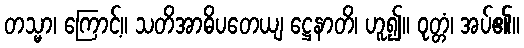
တသ္မာ၊ ကြောင့်။ သတိအာဓိပတေယျ ဋ္ဌေနာတိ၊ ဟူ၍။ ဝုတ္တံ၊ အပ်၏။